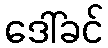
ဒေါ်ခင်